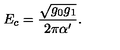
E _ { c } = \frac { \sqrt { g _ { 0 } g _ { 1 } } } { 2 \pi \alpha ^ { \prime } } .